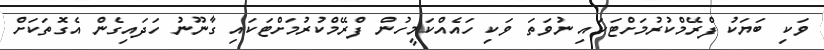
ވަކި ބަޔަކު ފްރޭމްކުރުމަށްޓަކައި ނުވަތަ ވަކި ހައެއްކަމީހުން ފްރޭމްކުރުމަށްޓަކައި ގާނޫނު ހަދައިގެން އެގޮތަކަށް